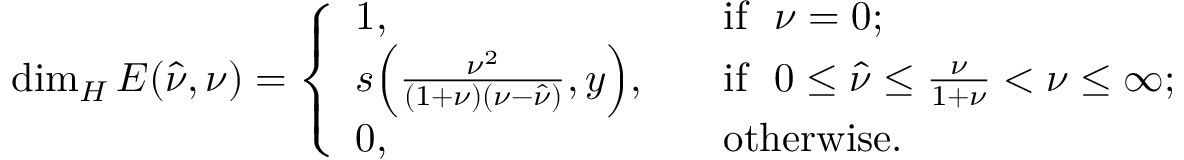
\dim _ { H } E ( \hat { \nu } , \nu ) = \left\{ \begin{array} { l l } { 1 , } & { \ \ \ \mathrm { i f ~ } ~ \nu = 0 ; } \\ { s \Big ( \frac { \nu ^ { 2 } } { ( 1 + \nu ) ( \nu - \hat { \nu } ) } , { y } \Big ) , } & { \ \ \ \mathrm { i f ~ } ~ 0 \le \hat { \nu } \le \frac { \nu } { 1 + \nu } < \nu \leq \infty ; } \\ { 0 , } & { \ \ \ \mathrm { o t h e r w i s e . } } \end{array} \right.